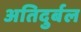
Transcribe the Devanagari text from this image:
अतिदुर्बल